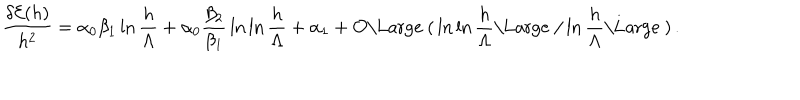
LaTeX: { \frac { \delta { \cal E } ( h ) } { h ^ { 2 } } } = \alpha _ { 0 } \beta _ { 1 } \ln { \frac { h } { \Lambda } } + \alpha _ { 0 } { \frac { \beta _ { 2 } } { \beta _ { 1 } } } \ln \ln { \frac { h } { \Lambda } } + \alpha _ { 1 } + { \cal O } { \mathrm { \Large ~ ( } } \ln \ln { \frac { h } { \Lambda } } { \mathrm { \Large ~ / } } \ln { \frac { h } { \Lambda } } { \mathrm { \Large ~ ) } } \, .